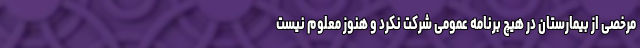
مرخصی از بیمارستان در هیچ برنامه عمومی شرکت نکرد و هنوز معلوم نیست